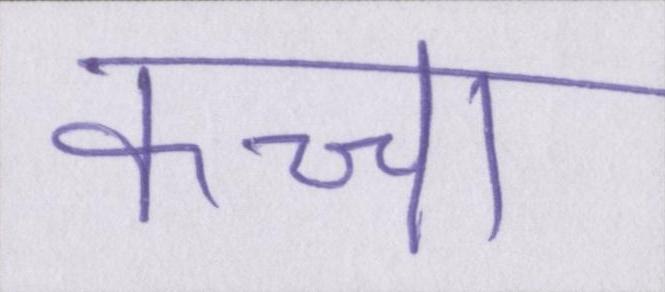
कच्चा